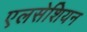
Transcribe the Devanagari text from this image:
एलसेशियन